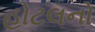
હોટલનો